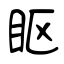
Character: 眍